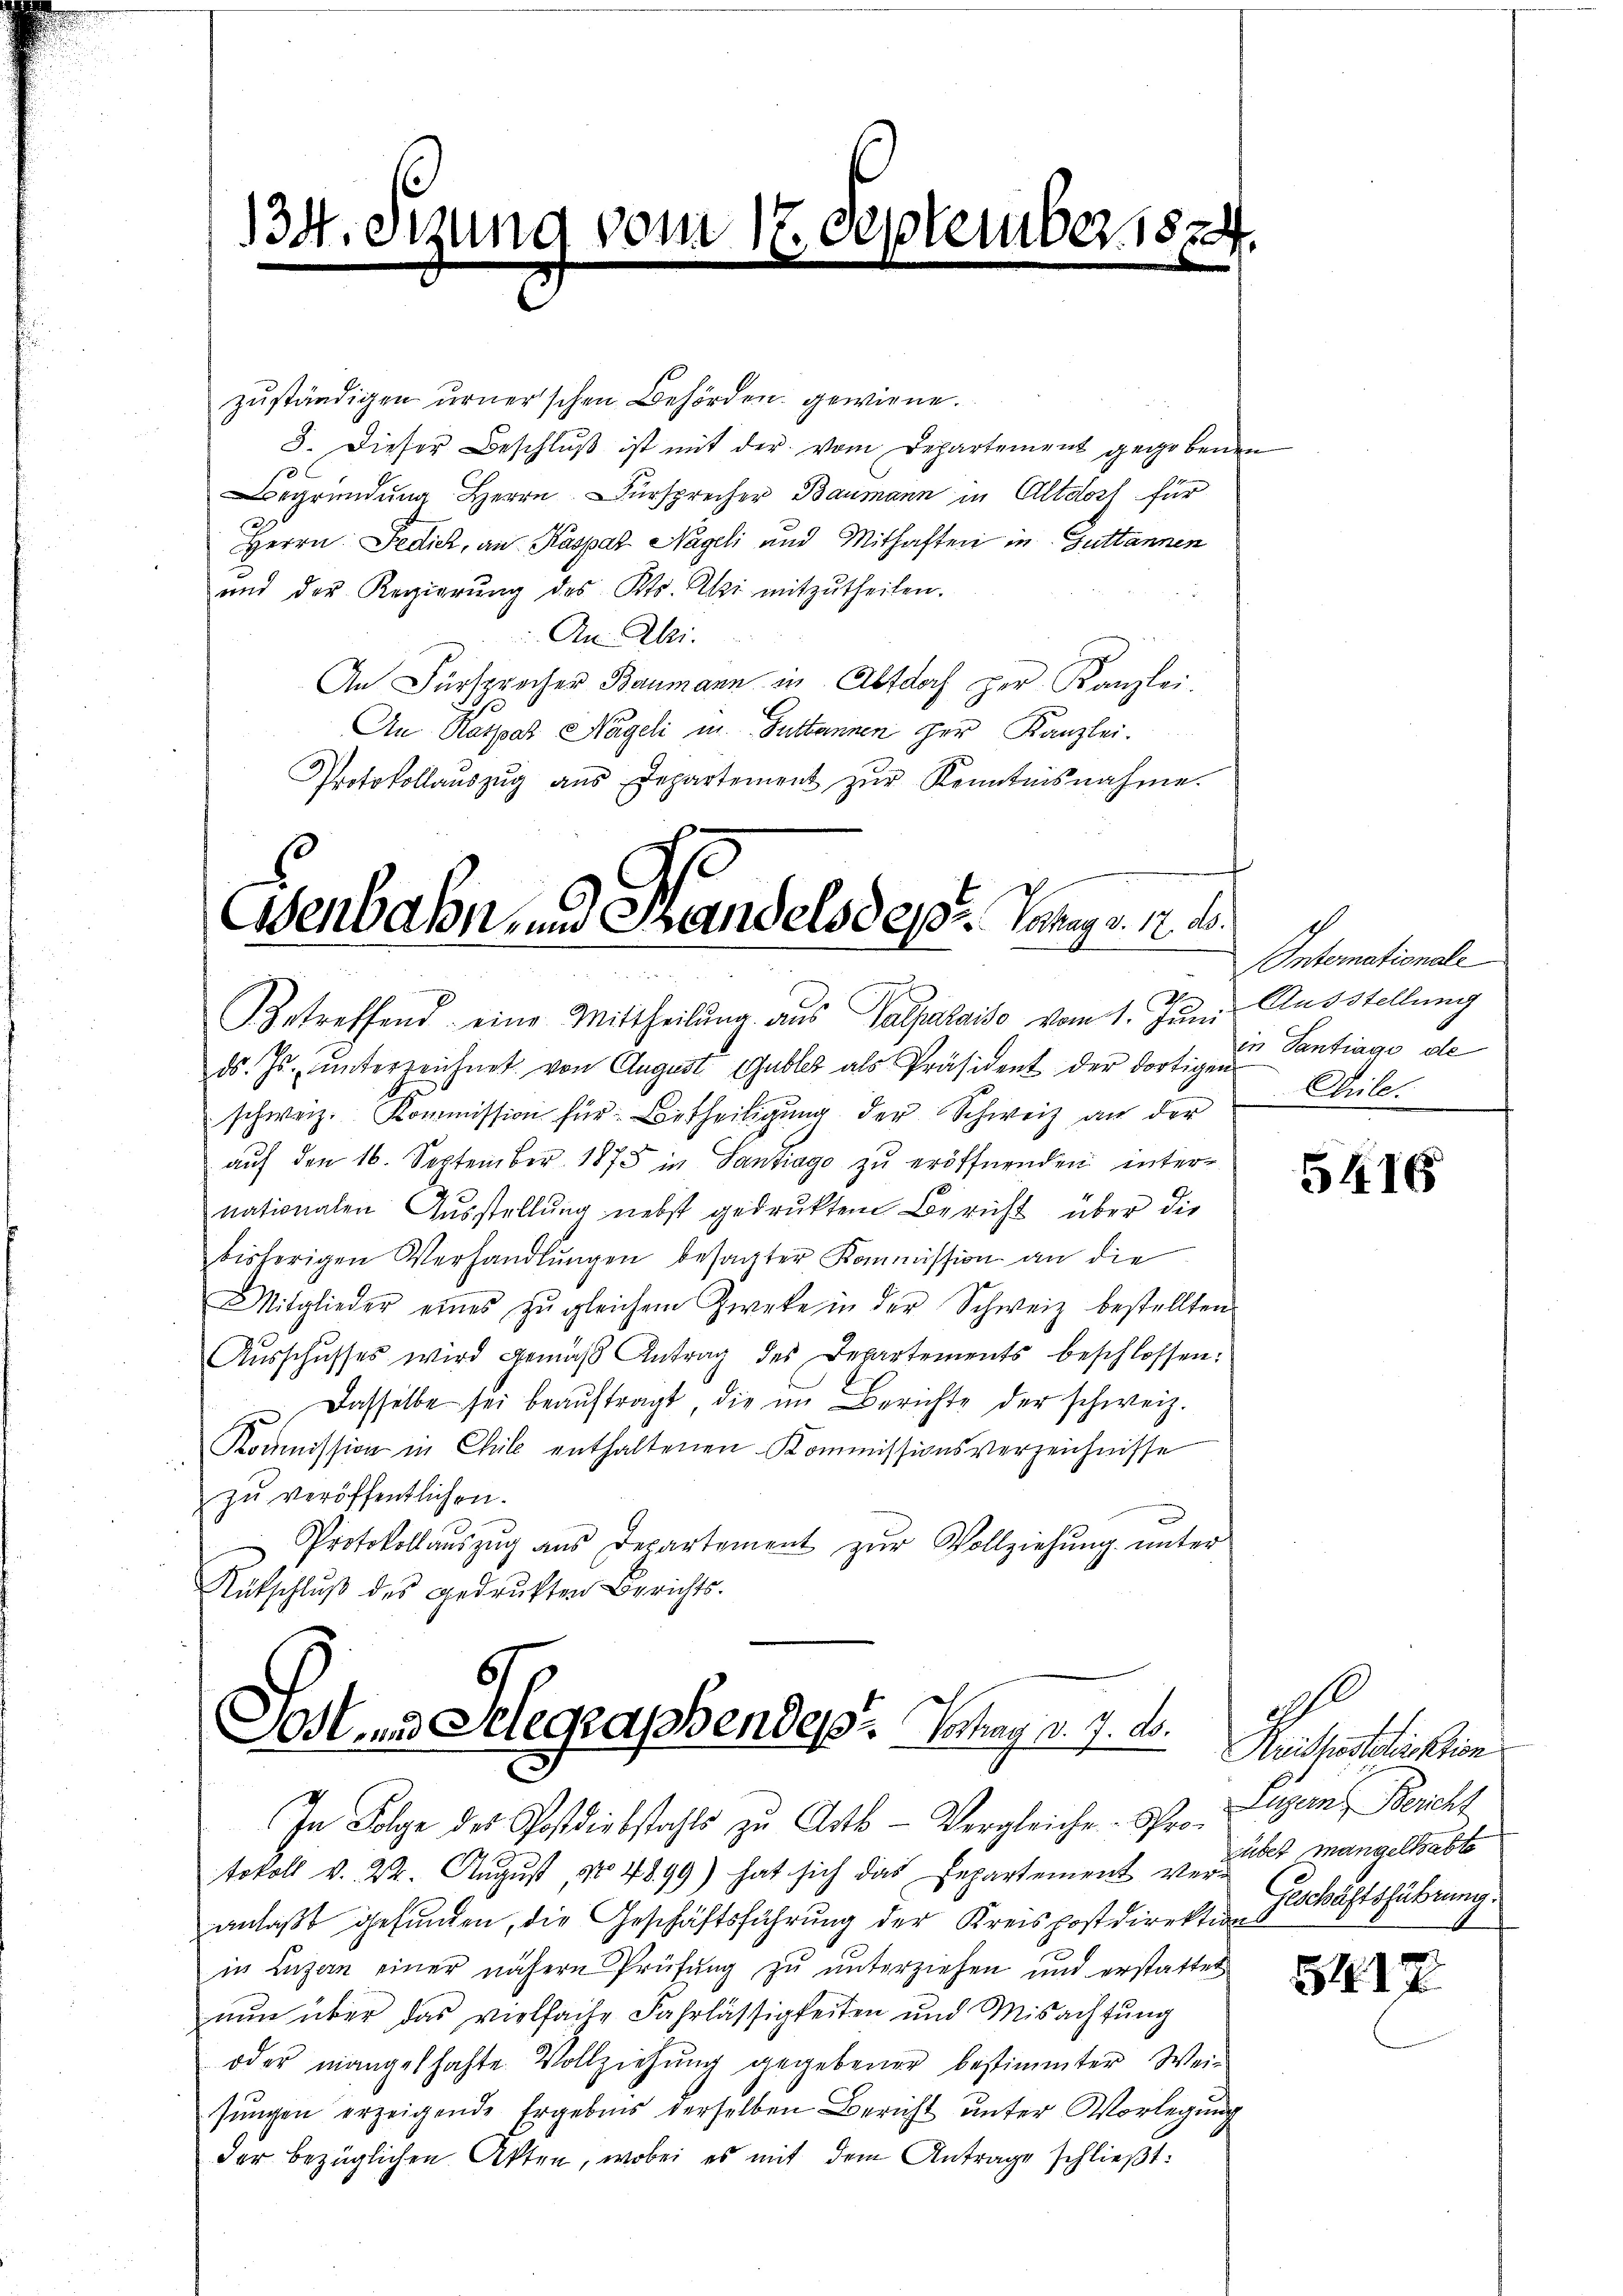
134. Dezung vom 17. September 182
f

e

zuständigen urner’schen Behörden gewiene.
3. Dieser Beschlŭβ ist mit der vom Departement gegebenen
Begründung Herrn Fürsprecher Baumann in Altdorf für
Herrn Fedich, an Kaspar Nageli und Mithaften in Guttannen
und der Regierŭng des Kts. Ali mitzŭtheilen.
An Ali
An Fürsprocher Baumann in Altdorf per Kanzlei.
An Ratzob Nägeli in Guttannen der Kanzlei.
Protokollaŭszŭg aŭs Departement zŭr Kenntnisnahme.

Osenbahn, und Handels des Jahrg v. 12. d.
¬
etreffend eine Mittheilŭng aŭs Valpalaiso vom 1. Jŭni Ausstellung

Jost und Selegrassendes Vortrag d. 7. d.

ds. Js. unterzeichnet von August Gubles als Präsident der dortigen
schweiz. Kommission für Betheiligung der Schweiz an der
auf den 16. September 1873 in Lanziago zu eröffnenden internationalen Ausstellung nebst gedrukten Bericht über die
bisherigen Verhandlŭngen besagter Kommission an die
Mitglieder eines zŭgleichem Zweke in der Schweiz bestellten
Aŭsschusses wird gemäβ Antrag des Departements beschlossen:
Dasselbe sei beaŭftragt, die im Berichte der schweiz.
Kommission in Chile enthaltenen Kommissionsverzeichnisse
zŭ veröffentlichen.
Protokollaŭszŭg ans Departement zŭr Vollziehŭng ŭnter
Rutschluß des gedruckten Berichts-

In Folge des Postdiebstahls zu Art. - Vergleiche Protokoll v. 22. August No 4899) hat sich das Departement veranlaßt gefunden, die Geschäftsführung der Kreispostdirekte Schäftsführung.
in Luzern einer nähern Prüfung zu unterziehen und erstattet
nŭn über das vielfache Fahrlässigkeiten und Misachtŭng
oder mangelhafte Vollziehŭng gegebener bestimmter Wei-
sŭngen erzeigende Ergebnis derselben Bericht ŭnter Vorlegŭng
der bezüglichen Akten, wobei es mit dem Antrage schließt:

Ontomationale
in Santrage de
No. 6.

5416

ill
Krühestellektion
Luzern Beschl
rüber mangelhabte

5417